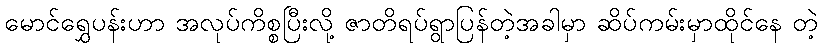
မောင်ရွှေပန်းဟာ အလုပ်ကိစ္စပြီးလို့ ဇာတိရပ်ရွာပြန်တဲ့အခါမှာ ဆိပ်ကမ်းမှာထိုင်နေ တဲ့